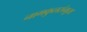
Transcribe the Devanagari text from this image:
नागकुलसंभूता